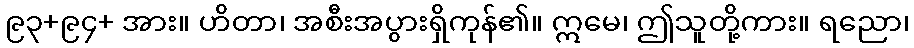
၉၃+၉၄+ အား။ ဟိတာ၊ အစီးအပွားရှိကုန်၏။ ဣမေ၊ ဤသူတို့ကား။ ရညော၊